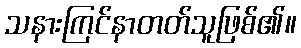
သနားကြင်နာတတ်သူဖြစ်၏။